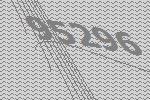
95296